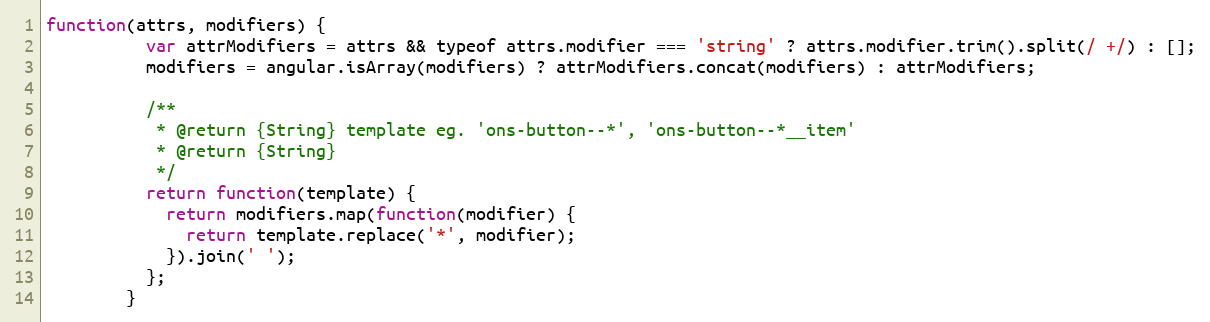
Language: JavaScript
function(attrs, modifiers) {
          var attrModifiers = attrs && typeof attrs.modifier === 'string' ? attrs.modifier.trim().split(/ +/) : [];
          modifiers = angular.isArray(modifiers) ? attrModifiers.concat(modifiers) : attrModifiers;

          /**
           * @return {String} template eg. 'ons-button--*', 'ons-button--*__item'
           * @return {String}
           */
          return function(template) {
            return modifiers.map(function(modifier) {
              return template.replace('*', modifier);
            }).join(' ');
          };
        }